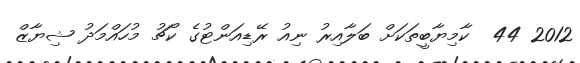
2012 44  ކާމިޔާބީތަކަށް ބަލާއިރު ނިއު ރޭޑިއަންޓުގެ ކޯޗު މުހައްމަދު ޝިޔާޒް